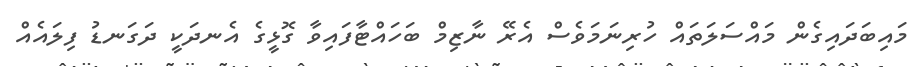
މައިބަދައިގެން މައްސަލަތައް ހުރިނަމަވެސް އެރޭ ނާޒިމް ބަހައްޓާފައިވާ ގޮޅީގެ އެނދަކީ ދަގަނޑު ފިލައެއް